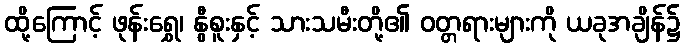
ထို့ကြောင့် ဖုန်းရွှေ၊ နွီစူးနှင့် သားသမီးတို့၏ ဝတ္တရားများကို ယခုအချိန်၌